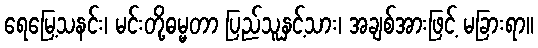
ရေမြေ့သနင်း၊ မင်းတို့ဓမ္မတာ ပြည်သူနှင့်သား၊ အချစ်အားဖြင့် မခြားရာ။